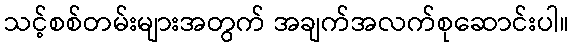
သင့်စစ်တမ်းများအတွက် အချက်အလက်စုဆောင်းပါ။